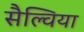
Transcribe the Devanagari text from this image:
सैल्विया